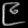
Digit: ၉